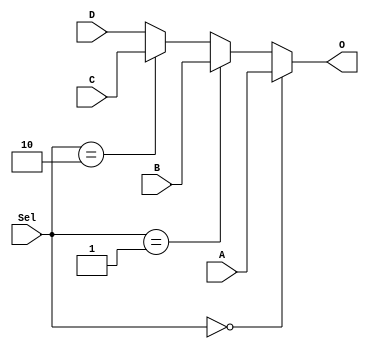
`timescale 1ns / 1ps
//////////////////////////////////////////////////////////////////////////////////
// Company: 
// Engineer: 
// 
// Design Name: 
// Module Name:    MUX_32_4_1 
// Project Name: 
// Target Devices: 
// Tool versions: 
// Description: 
//
// Dependencies: 
//
// Revision: 
// Revision 0.01 - File Created
// Additional Comments: 
//
//////////////////////////////////////////////////////////////////////////////////
module MUX_32_4_1(A, B, C, D, Sel, O);
	input		[31:0]	A;
	input		[31:0]	B;
	input		[31:0]	C;
	input		[31:0]	D;
	input		[1:0]	 		Sel;
	output	[31:0]	O;

	assign O =	(Sel == 2'b00) ? A :
					(Sel == 2'b01) ? B :
					(Sel == 2'b10) ? C :
										  D;
endmodule